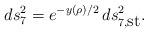
LaTeX: \begin{align*}d s_7^2 = e^{-y(\rho)/2} \, d s_{7,\mbox{st}}^2.\end{align*}